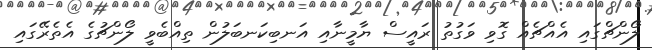
ލޯންޗްގައި އެއްޗެެއް ގޮވި ވަގުތު ރައީސް ޔާމީނާއި އަނބިކަނބަލުން ތިއްބެވީ ލޯންޗުގެ އެތެރޭގައި